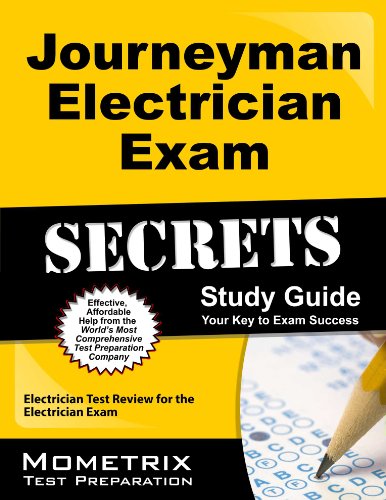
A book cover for Journeyman Electrician Exam Secrets Study Guide: Electrician Test Review for the Electrician Exam; Electrician Exam Secrets Test Prep Team; Test Preparation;